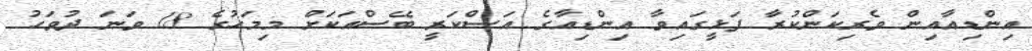
އިންޑިއާއިން ވެރިކަންކުރާ ފަޅީގައިވާ އިންޑިއާގެ އަސްކަރީ ބޭސްއަކަށް މިމަހުގެ 18 ވަނަ ދުވަހު